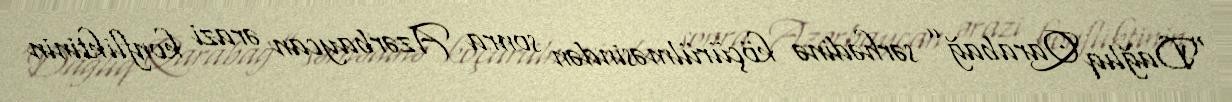
“Dağlıq Qarabağ” sərhədinə köçürülməsindən sonra Azərbaycan ərazi konfliktinin